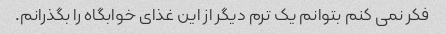
فکر نمی کنم بتوانم یک ترم دیگر از این غذای خوابگاه را بگذرانم.